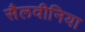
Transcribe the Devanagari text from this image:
सैलवीनिया